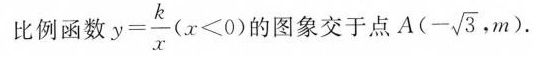
比例函数$$y = \frac { k } { x }$$($$x < 0$$) 的图象交于点A(-\sqrt{3},m).